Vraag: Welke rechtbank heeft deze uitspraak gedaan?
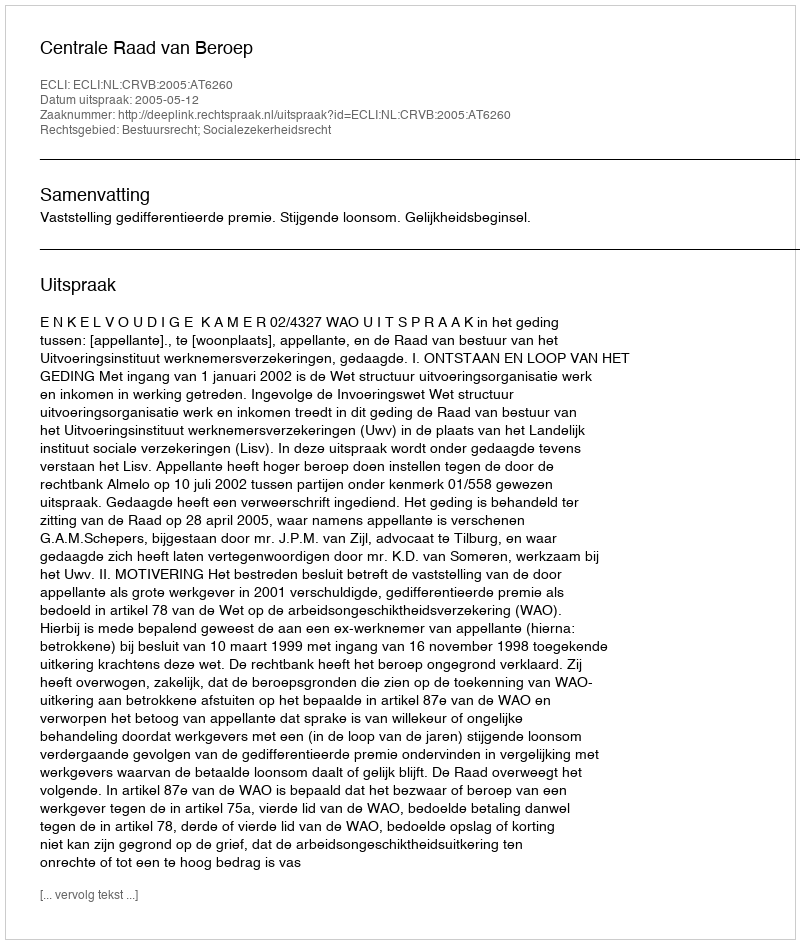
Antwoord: Centrale Raad van Beroep